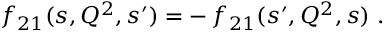
f _ { 2 1 } ( s , Q ^ { 2 } , s ^ { \prime } ) = - \, f _ { 2 1 } ( s ^ { \prime } , Q ^ { 2 } , s ) \; .